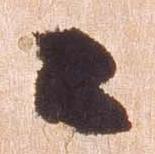
々